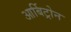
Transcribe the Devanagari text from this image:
आर्बिट्रोन